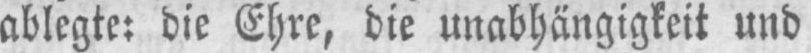
ablegte: die Ehre, die unabhängigkeit und